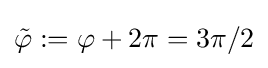
{\tilde {\varphi }}:=\varphi +2\pi =3\pi /2